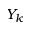
Y _ { k }